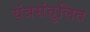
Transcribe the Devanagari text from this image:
यंत्रसंतुलित